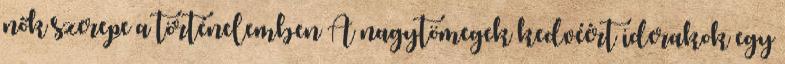
nők szerepe a történelemben A nagytömegek kedvéért iderakok egy